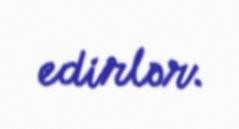
edirlər.